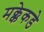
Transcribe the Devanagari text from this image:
मक्केकडे